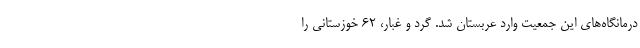
درمانگاه‌های این جمعیت وارد عربستان شد. گرد و غبار، ۶۲ خوزستانی را